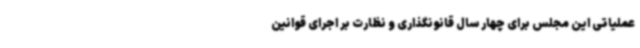
عملیاتی این مجلس برای چهار سال قانونگذاری و نظارت بر اجرای قوانین